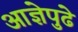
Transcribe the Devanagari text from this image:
आज्ञेपुढे